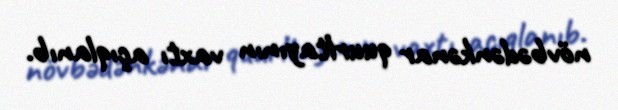
növbədənkənar quurltayının vaxtı açıqlanıb.